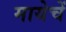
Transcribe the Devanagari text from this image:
मायेचें